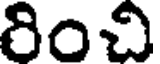
రించి